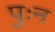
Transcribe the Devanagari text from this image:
पुःन